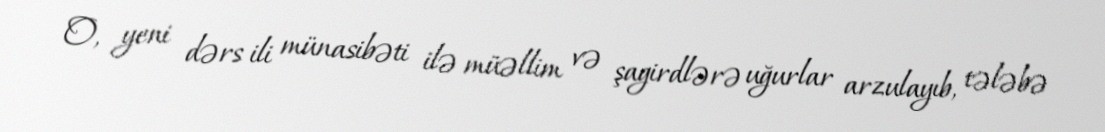
O, yeni dərs ili münasibəti ilə müəllim və şagirdlərə uğurlar arzulayıb, tələbə